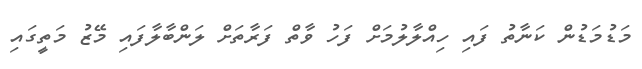
މަޑުމަޑުން ކަނާތު ފައި ހިއްލާލުމަށް ފަހު ވާތް ފަރާތަށް ލަންބާލާފައި މޭޒު މަތީގައި